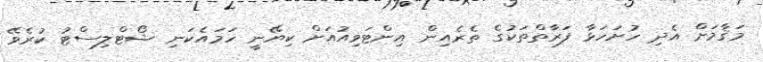
މަޤާމަށް އެދި ހުށަހަޅާ ފަރާތްތަކުގެ ތެރެއިން އިންޓަވިއުއަށް ކިޔޭނީ ހަމައެކަނި ޝޯޓްލިސްޓު ކުރެވޭ